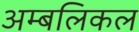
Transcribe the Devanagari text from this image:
अम्बलिकल